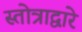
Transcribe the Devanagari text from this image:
स्तोत्राद्वारे